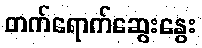
တက်ရောက်ဆွေးနွေး